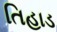
તિહાડ